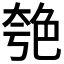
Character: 𦫚